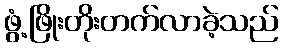
ဖွံ့ဖြိုးတိုးတက်လာခဲ့သည်